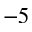
^ { - 5 }